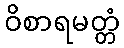
ဝိစာရမတ္တံ